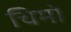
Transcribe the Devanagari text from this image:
चिमो